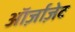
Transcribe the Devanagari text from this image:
ऑर्ज़ाज़ेट